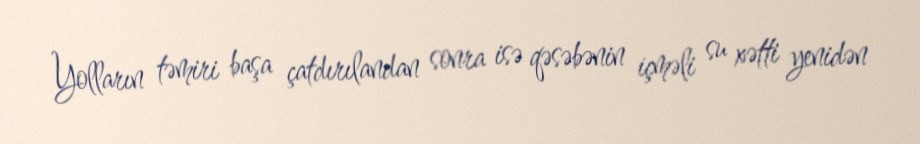
Yolların təmiri başa çatdırılandan sonra isə qəsəbənin içməli su xətti yenidən